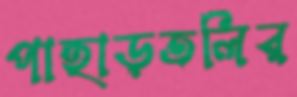
পাহাড়তলির